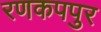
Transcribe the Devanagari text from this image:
रणकपपुर